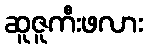
ဆူဇူကီးဖလား